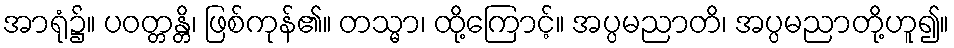
အာရုံ၌။ ပဝတ္တန္တိ၊ ဖြစ်ကုန်၏။ တသ္မာ၊ ထို့ကြောင့်။ အပ္ပမညာတိ၊ အပ္ပမညာတို့ဟူ၍။